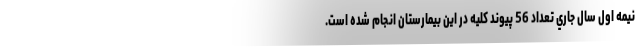
نیمه اول سال جاري تعداد 56 پيوند كليه در اين بيمارستان انجام شده است.